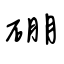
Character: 硼